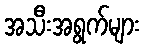
အသီးအရွက်များ